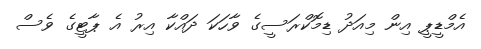
އެމްޑީޕީ އިން މިއަދު ޑިމޮކްރަސީގެ ވާހަކަ ދައްކާ އިރު އެ ޕާޓީގެ ވެސް